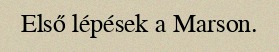
Első lépések a Marson.